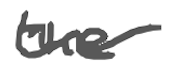
Text: the
Cross-out: wave
Writing tool: digital_gray